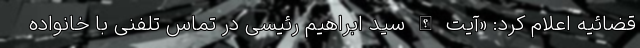
قضائیه اعلام کرد: «آیت الله سید ابراهیم رئیسی در تماس تلفنی با خانواده